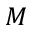
M